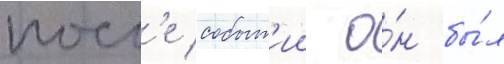
посл'е событ'ии о́н бы́л